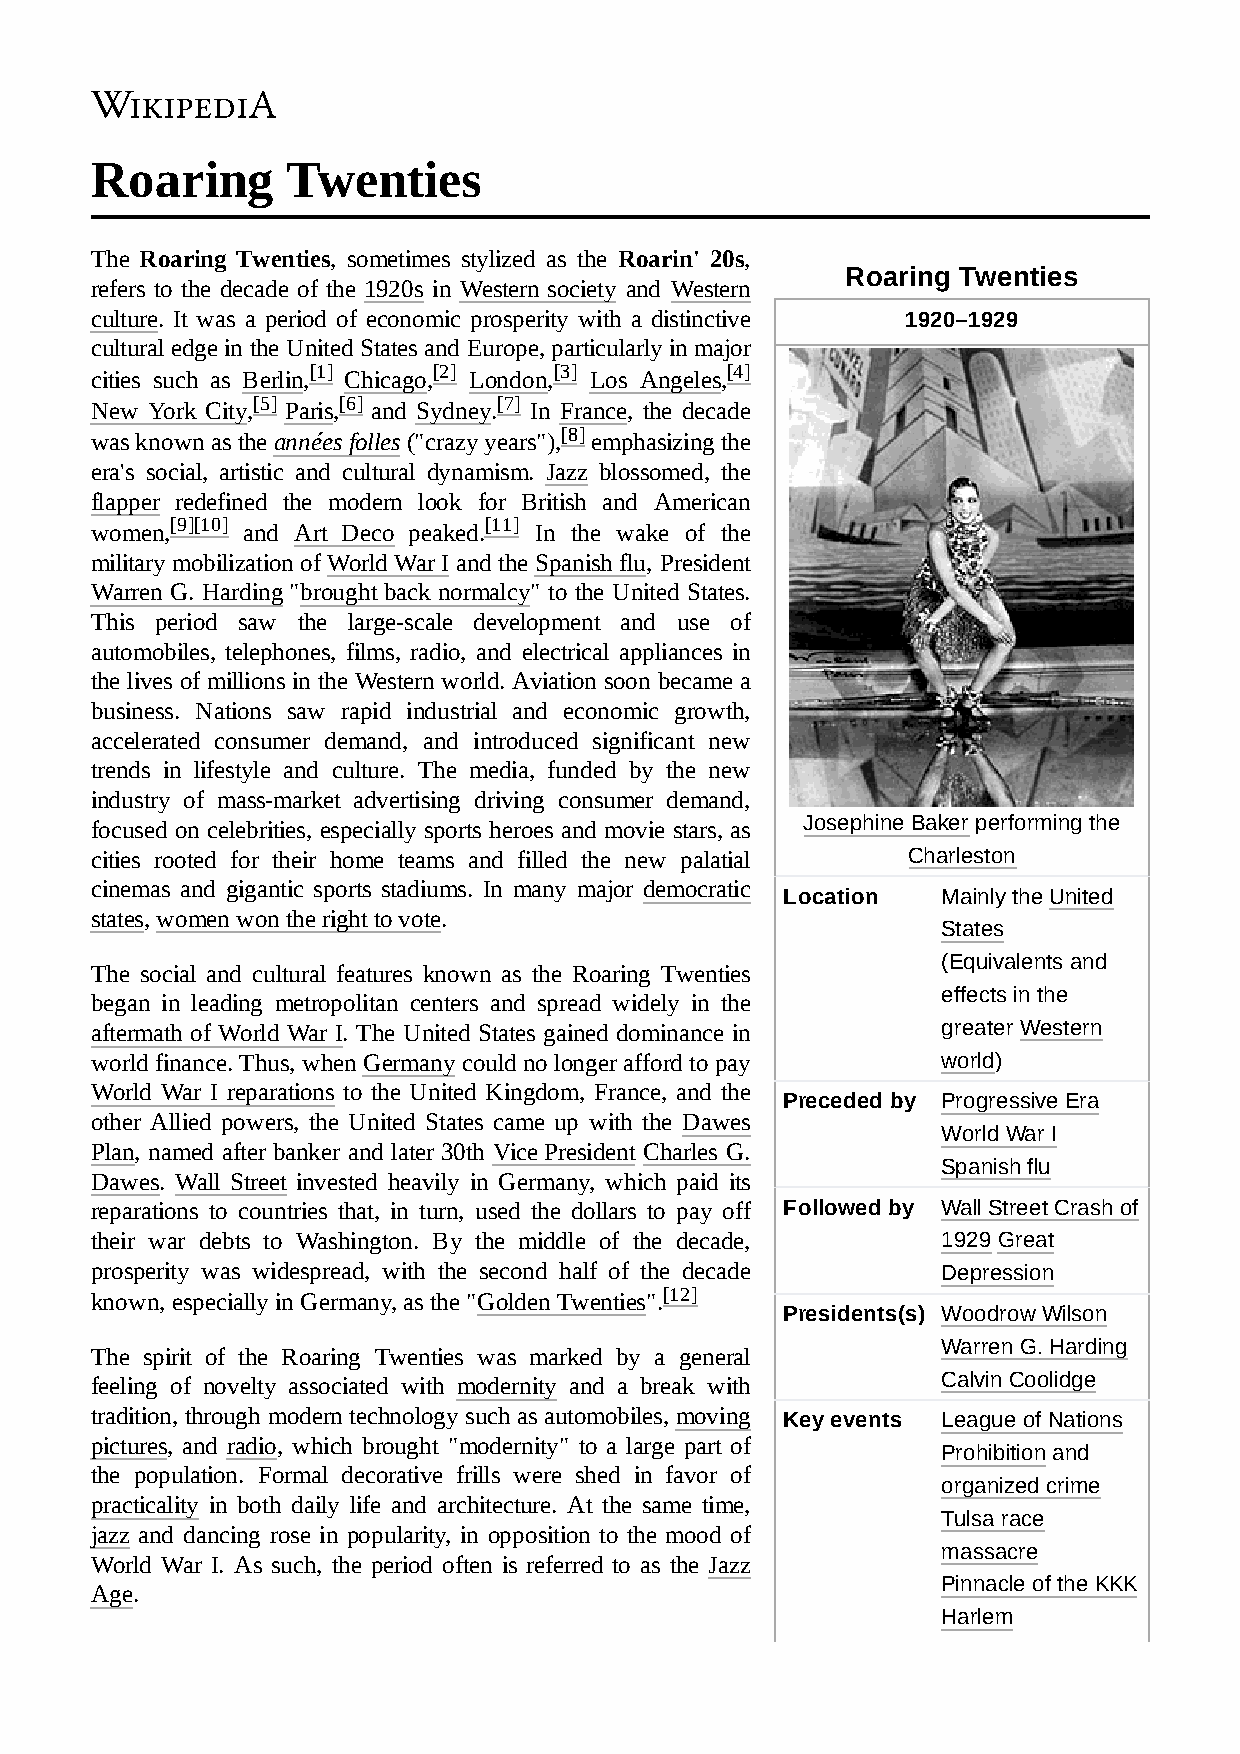
Roaring      Twenties
 The Roaring Twenties, sometimes stylized as the Roarin' 20s,
 Roaring Twenties
 refers to the decade of the 1920s in Western society and Western
 culture. It was a period of economic prosperity with a distinctive 1920–1929
 cultural edge in the United States and Europe, particularly in major
 cities such as Berlin,[1] Chicago,[2] London,[3] Los Angeles,[4]
 New York City,[5] Paris,[6] and Sydney.[7] In France, the decade
 was known as the années folles ("crazy years"),[8] emphasizing the
 era's social, artistic and cultural dynamism. Jazz blossomed, the
 flapper redefined the modern look for British and American
 women,[9][10] and Art Deco peaked.[11] In the wake of the
 military mobilization of World War I and the Spanish flu, President
 Warren G. Harding "brought back normalcy" to the United States.
 This period saw the large-scale development and use of
 automobiles, telephones, films, radio, and electrical appliances in
 the lives of millions in the Western world. Aviation soon became a
 business. Nations saw rapid industrial and economic growth,
 accelerated consumer demand, and introduced significant new
 trends in lifestyle and culture. The media, funded by the new
 industry of mass-market advertising driving consumer demand,
 focused on celebrities, especially sports heroes and movie stars, as Josephine Baker performing the
 cities rooted for their home teams and filled the new palatial Charleston
 cinemas and gigantic sports stadiums. In many major democratic
 Location  Mainly the United
 states, women won the right to vote.
 States
 (Equivalents and
 The social and cultural features known as the Roaring Twenties
 effects in the
 began in leading metropolitan centers and spread widely in the
 aftermath of World War I. The United States gained dominance in greater Western
 world finance. Thus, when Germany could no longer afford to pay world)
 World War I reparations to the United Kingdom, France, and the
 Preceded by Progressive Era
 other Allied powers, the United States came up with the Dawes
 World War I
 Plan, named after banker and later 30th Vice President Charles G.
 Spanish flu
 Dawes. Wall Street invested heavily in Germany, which paid its
 reparations to countries that, in turn, used the dollars to pay off Followed by Wall Street Crash of
 their war debts to Washington. By the middle of the decade, 1929 Great
 prosperity was widespread, with the second half of the decade Depression
 known, especially in Germany, as the "Golden Twenties".[12]
 Presidents(s) Woodrow Wilson
 Warren G. Harding
 The spirit of the Roaring Twenties was marked by a general
 feeling of novelty associated with modernity and a break with Calvin Coolidge
 tradition, through modern technology such as automobiles, moving Key events League of Nations
 pictures, and radio, which brought "modernity" to a large part of
 Prohibition and
 the population. Formal decorative frills were shed in favor of
 organized crime
 practicality in both daily life and architecture. At the same time,
 Tulsa race
 jazz and dancing rose in popularity, in opposition to the mood of
 massacre
 World War I. As such, the period often is referred to as the Jazz
 Pinnacle of the KKK
 Age.
 Harlem